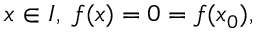
x \in I , \; f ( x ) = 0 = f ( x _ { 0 } ) ,